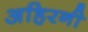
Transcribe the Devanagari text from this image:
अहिरनी